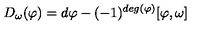
D _ { \omega } ( \varphi ) = d \varphi - ( - 1 ) ^ { d e g ( \varphi ) } [ \varphi , \omega ]